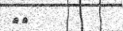
٤٨